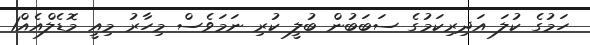
ހަމުގެ ކުލަ އަދިރިކަމުގެ ސަބަބުން ބުލީ ކުރި ނަމަވެސް މިހާރު މިއީ މޮޑެލްއެއް1